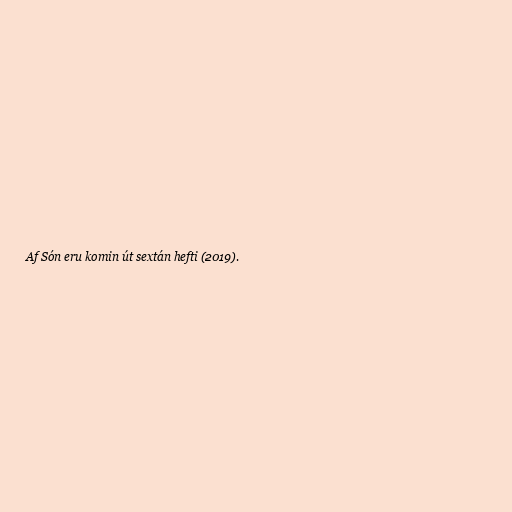
Af Són eru komin út sextán hefti (2019).